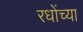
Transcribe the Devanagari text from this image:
रधोंच्या